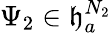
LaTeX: \Psi_{2}\in\mathfrak{h}_{a}^{N_{2}}